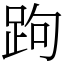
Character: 跔